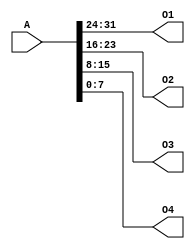
`timescale 1ns / 1ps
//////////////////////////////////////////////////////////////////////////////////
// Company: 
// Engineer: 
// 
// Design Name: 
// Module Name:    Splitter 
// Project Name: 
// Target Devices: 
// Tool versions: 
// Description: 
//
// Dependencies: 
//
// Revision: 
// Revision 0.01 - File Created
// Additional Comments: 
//
//////////////////////////////////////////////////////////////////////////////////
module splitter(
    input [31:0] A,
    output [7:0] O1,
    output [7:0] O2,
    output [7:0] O3,
    output [7:0] O4
    );
	assign O1 = A[31:24];
	assign O2 = A[24:16];
	assign O3 = A[15:8];
	assign O4 = A[7:0];

endmodule